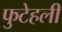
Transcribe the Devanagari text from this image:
फुटेहली